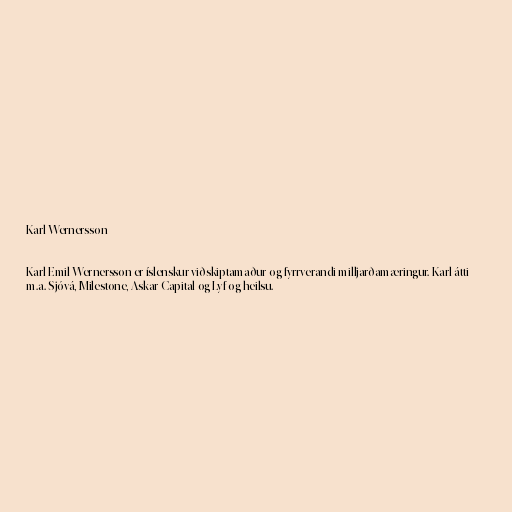
Karl Wernersson

Karl Emil Wernersson er íslenskur viðskiptamaður og fyrrverandi milljarðamæringur. Karl átti
m.a. Sjóvá, Milestone, Askar Capital og Lyf og heilsu.